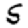
Digit: 5